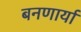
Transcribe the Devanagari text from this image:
बनणार्या